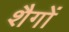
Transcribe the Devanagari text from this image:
शैगों